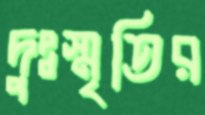
দুঃস্মৃতির